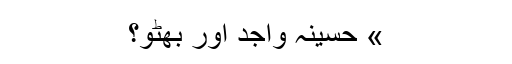
» حسینہ واجد اور بھٹو؟